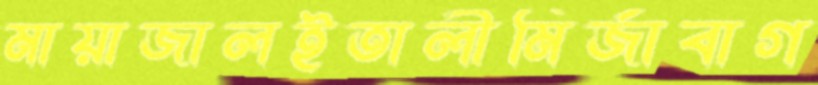
মায়াজালইতালীমির্জাবাগ